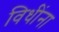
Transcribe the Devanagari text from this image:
विधींना